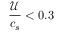
\frac { \mathcal { U } } { c _ { s } } < 0 . 3